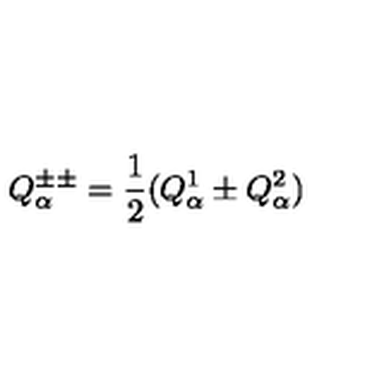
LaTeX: Q _ { \alpha } ^ { \pm \pm } = { \frac { 1 } { 2 } } ( Q _ { \alpha } ^ { 1 } \pm Q _ { \alpha } ^ { 2 } )